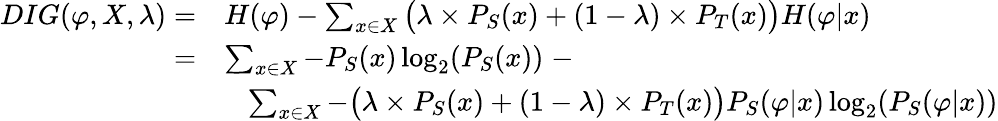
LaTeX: \begin{array}{rl}{DIG(\varphi,X,\lambda)=}&{H(\varphi)-\sum_{x\in X}\big(\lambda\times P_{S}(x)+(1-\lambda)\times P_{T}(x)\big)H(\varphi|x)}\\ {=}&{\sum_{x\in X}-P_{S}(x)\log_{2}(P_{S}(x))\; -}\\ &{\; \; \; \sum_{x\in X}-\big(\lambda\times P_{S}(x)+(1-\lambda)\times P_{T}(x)\big)P_{S}(\varphi|x)\log_{2}(P_{S}(\varphi|x))}\end{array}